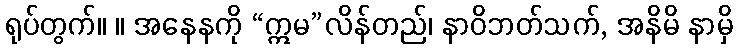
ရုပ်တွက်။ ။ အနေနကို “ဣမ”လိန်တည်၊ နာဝိဘတ်သက်, အနိမိ နာမှိ